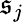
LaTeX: \mathfrak{s}_{j}